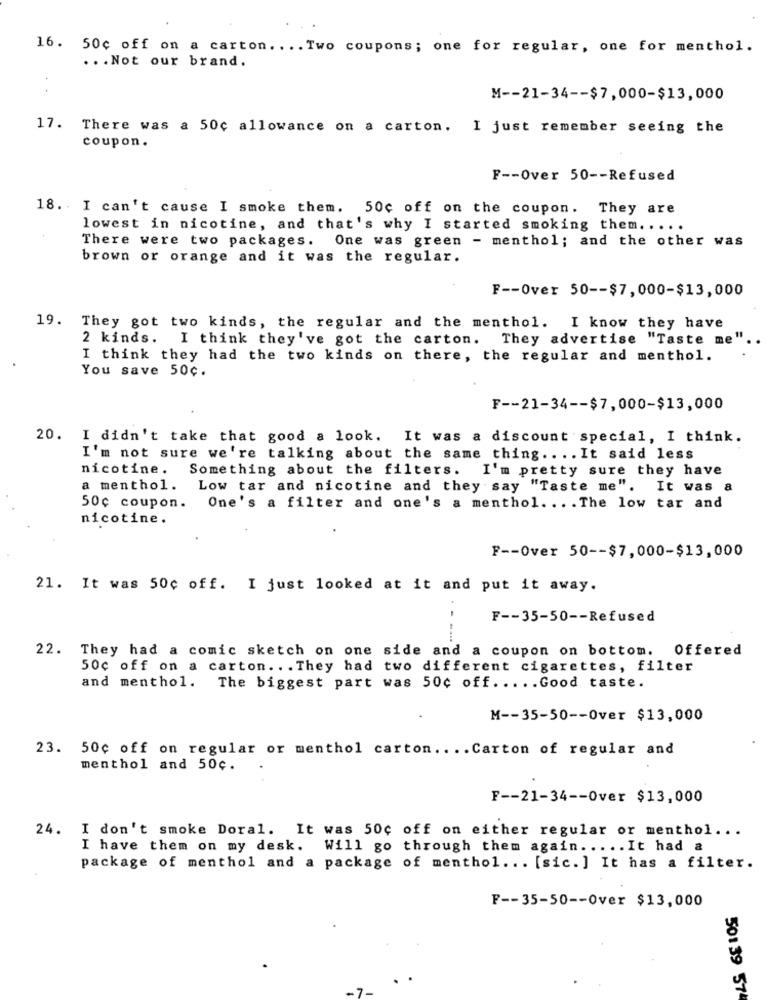
16. 50c off on a carton. ... Two coupons; one for regular, one for menthol.
... Not our brand.
M -- 21-34 -- $7,000-$13,000
17. There was a 50c allowance on a carton. I just remember seeing the
coupon.
F -- Over 50 -- Refused
18. I can't cause I smoke them. 50c off on the coupon. They are
lowest in nicotine, and that's why I started smoking them .....
There were two packages. One was green - menthol; and the other was
brown or orange and it was the regular.
F -- Over 50 -- $7,000-$13,000
19. They got two kinds, the regular and the menthol. I know they have
2 kinds. I think they've got the carton. They advertise "Taste me"
I think they had the two kinds on there, the regular and menthol.
You save 50c.
F -- 21-34 -- $7,000-$13,000
20. I didn't take that good a look. It was a discount special, I think.
I'm not sure we're talking about the same thing .. .. It said less
nicotine. Something about the filters. I'm pretty sure they have
a menthol. Low tar and nicotine and they say "Taste me".
It was a
50c coupon. One's a filter and one's a menthol. .. . The low tar and
nicotine.
F -- Over 50 -- $7,000-$13,000
21. It was 50c off. I just looked at it and put it away.
F -- 35-50 -- Refused
-----
22. They had a comic sketch on one side and a coupon on bottom. Offered
50c off on a carton ... They had two different cigarettes, filter
and menthol. The biggest part was 50c off ..... Good taste.
M -- 35-50 -- Over $13,000
23. 50¢ off on regular or menthol carton .... Carton of regular and
menthol and 50¢.
F -- 21-34 -- Over $13,000
24. I don't smoke Doral. It was 50c off on either regular or menthol ...
I have them on my desk. Will go through them again ..... It had a
package of menthol and a package of menthol ... [sic. ] It has a filter.
F -- 35-50 -- Over $13,000
501 39 574